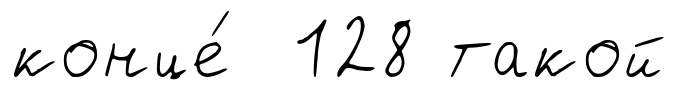
конце́ 128 такой